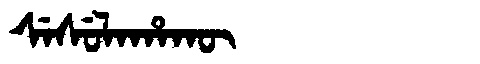
Manchu: ᠰᡝᠰᡠᠯᠠᡥᠠᡴᡡ
Romanization: SESULAHAKŪ